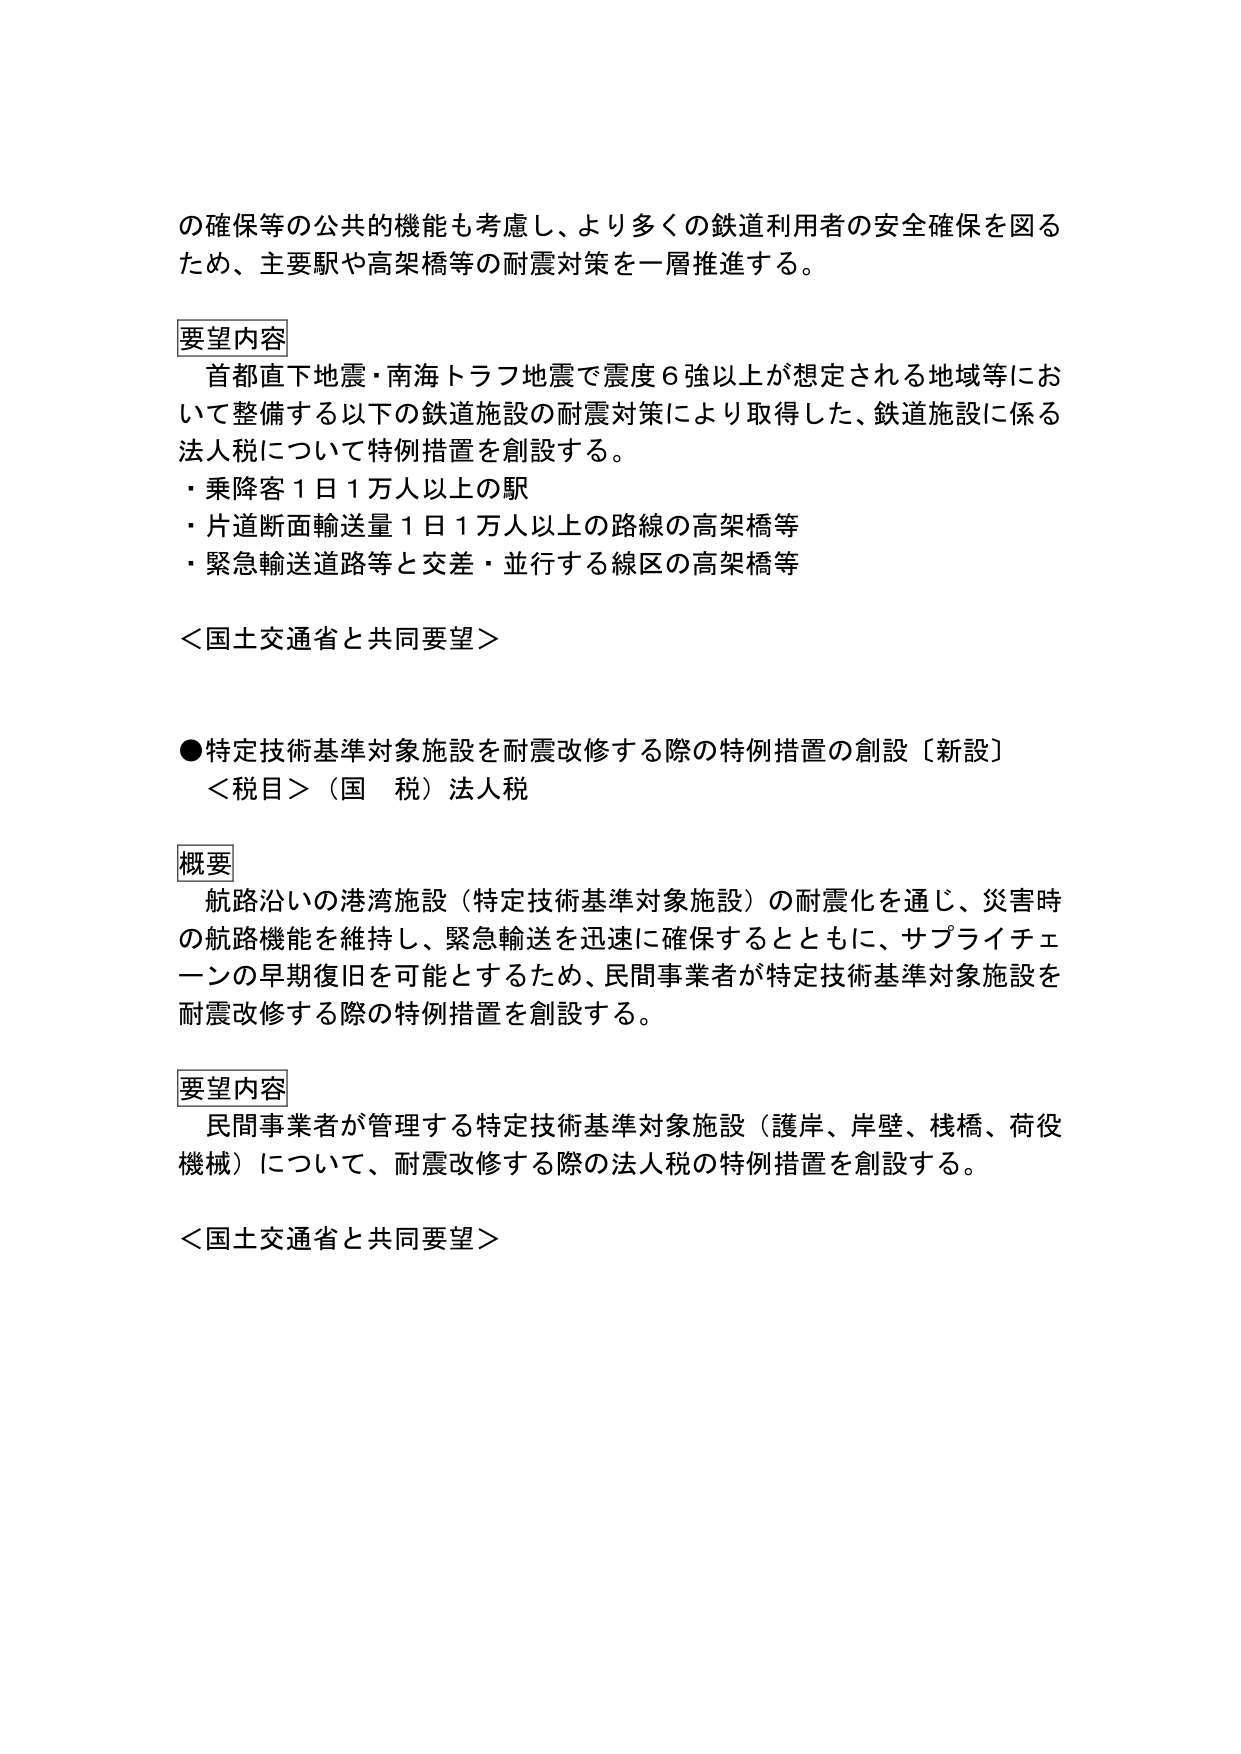
の確保等の公共的機能も考慮し、より多くの鉄道利用者の安全確保を図る
ため、主要駅や高架橋等の耐震対策を一層推進する。

要望内容
　首都直下地震・南海トラフ地震で震度６強以上が想定される地域等にお
いて整備する以下の鉄道施設の耐震対策により取得した、鉄道施設に係る
法人税について特例措置を創設する。
・乗降客１日１万人以上の駅
・片道断面輸送量１日１万人以上の路線の高架橋等
・緊急輸送道路等と交差・並行する線区の高架橋等

＜国土交通省と共同要望＞

●特定技術基準対象施設を耐震改修する際の特例措置の創設〔新設〕
　＜税目＞（国　税）法人税

概要
　航路沿いの港湾施設（特定技術基準対象施設）の耐震化を通じ、災害時
の航路機能を維持し、緊急輸送を迅速に確保するとともに、サプライチェ
ーンの早期復旧を可能とするため、民間事業者が特定技術基準対象施設を
耐震改修する際の特例措置を創設する。

要望内容
　民間事業者が管理する特定技術基準対象施設（護岸、岸壁、桟橋、荷役
機械）について、耐震改修する際の法人税の特例措置を創設する。

＜国土交通省と共同要望＞